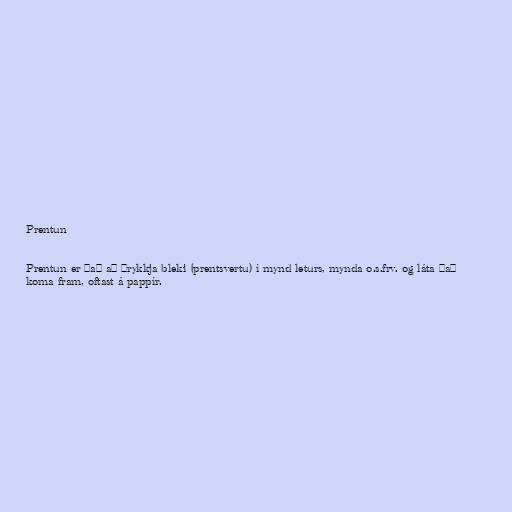
Prentun

Prentun er það að þrykkja bleki (prentsvertu) í mynd leturs, mynda o.s.frv. og láta það
koma fram, oftast á pappír.